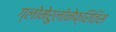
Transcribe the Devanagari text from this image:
ग्लोमेरुलोनेफ्रितिस